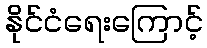
နိုင်ငံရေးကြောင့်